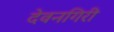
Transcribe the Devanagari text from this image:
देवनगिरी